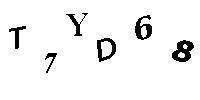
T7YD68